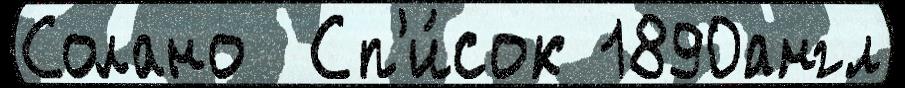
Солано  Сп'и́сок 1890англ